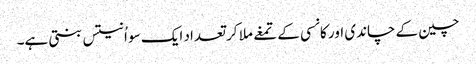
چین کے چاندی اور کانسی کے تمغے ملا کر تعداد ایک سو اُنتیس بنتی ہے۔